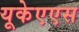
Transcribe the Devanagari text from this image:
यूकेएएस